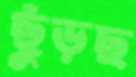
ছুঁড়ছ